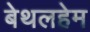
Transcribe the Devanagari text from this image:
बेथलहेम